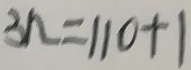
3 n = 1 1 0 + 1